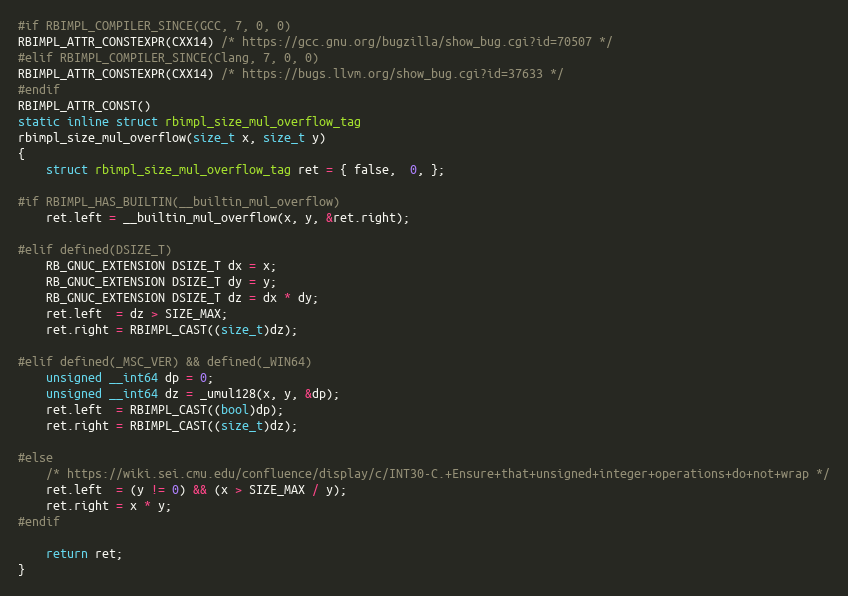
Language: C
#if RBIMPL_COMPILER_SINCE(GCC, 7, 0, 0)
RBIMPL_ATTR_CONSTEXPR(CXX14) /* https://gcc.gnu.org/bugzilla/show_bug.cgi?id=70507 */
#elif RBIMPL_COMPILER_SINCE(Clang, 7, 0, 0)
RBIMPL_ATTR_CONSTEXPR(CXX14) /* https://bugs.llvm.org/show_bug.cgi?id=37633 */
#endif
RBIMPL_ATTR_CONST()
static inline struct rbimpl_size_mul_overflow_tag
rbimpl_size_mul_overflow(size_t x, size_t y)
{
    struct rbimpl_size_mul_overflow_tag ret = { false,  0, };

#if RBIMPL_HAS_BUILTIN(__builtin_mul_overflow)
    ret.left = __builtin_mul_overflow(x, y, &ret.right);

#elif defined(DSIZE_T)
    RB_GNUC_EXTENSION DSIZE_T dx = x;
    RB_GNUC_EXTENSION DSIZE_T dy = y;
    RB_GNUC_EXTENSION DSIZE_T dz = dx * dy;
    ret.left  = dz > SIZE_MAX;
    ret.right = RBIMPL_CAST((size_t)dz);

#elif defined(_MSC_VER) && defined(_WIN64)
    unsigned __int64 dp = 0;
    unsigned __int64 dz = _umul128(x, y, &dp);
    ret.left  = RBIMPL_CAST((bool)dp);
    ret.right = RBIMPL_CAST((size_t)dz);

#else
    /* https://wiki.sei.cmu.edu/confluence/display/c/INT30-C.+Ensure+that+unsigned+integer+operations+do+not+wrap */
    ret.left  = (y != 0) && (x > SIZE_MAX / y);
    ret.right = x * y;
#endif

    return ret;
}